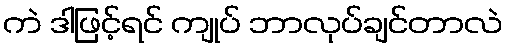
ကဲ ဒါဖြင့်ရင် ကျုပ် ဘာလုပ်ချင်တာလဲ